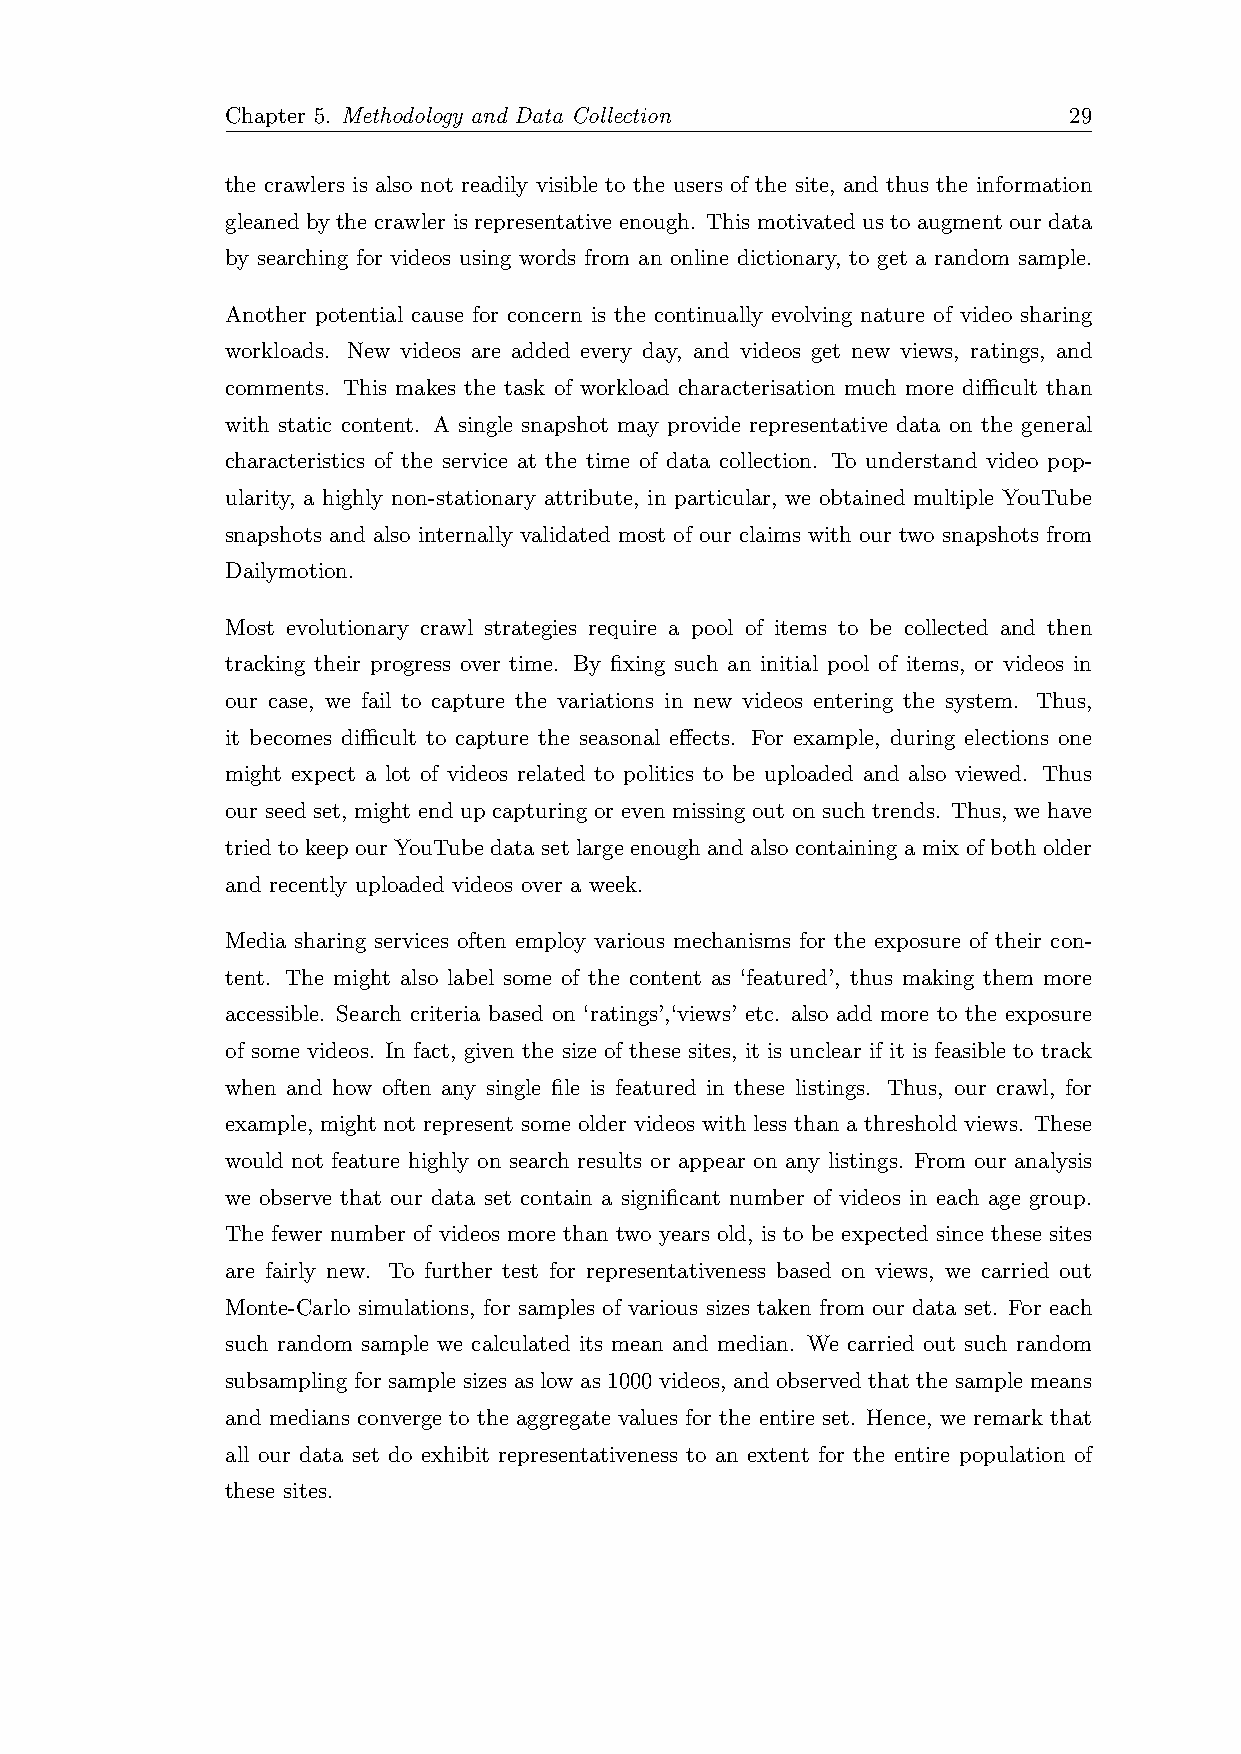
Chapter 5. Methodology and Data Collection              29
 the crawlers is also not readily visible to the users of the site, and thus the information
 gleaned by the crawler is representative enough. This motivated us to augment our data
 by searching for videos using words from an online dictionary, to get a random sample.
 Another potential cause for concern is the continually evolving nature of video sharing
 workloads. New videos are added every day, and videos get new views, ratings, and
 comments. This makes the task of workload characterisation much more difficult than
 with static content. A single snapshot may provide representative data on the general
 characteristics of the service at the time of data collection. To understand video pop-
 ularity, a highly non-stationary attribute, in particular, we obtained multiple YouTube
 snapshots and also internally validated most of our claims with our two snapshots from
 Dailymotion.
 Most evolutionary crawl strategies require a pool of items to be collected and then
 tracking their progress over time. By fixing such an initial pool of items, or videos in
 our case, we fail to capture the variations in new videos entering the system. Thus,
 it becomes difficult to capture the seasonal effects. For example, during elections one
 might expect a lot of videos related to politics to be uploaded and also viewed. Thus
 our seed set, might end up capturing or even missing out on such trends. Thus, we have
 tried to keep our YouTube data set large enough and also containing a mix of both older
 and recently uploaded videos over a week.
 Media sharing services often employ various mechanisms for the exposure of their con-
 tent. The might also label some of the content as ‘featured’, thus making them more
 accessible. Search criteria based on ‘ratings’,‘views’ etc. also add more to the exposure
 of some videos. In fact, given the size of these sites, it is unclear if it is feasible to track
 when and how often any single file is featured in these listings. Thus, our crawl, for
 example, might not represent some older videos with less than a threshold views. These
 would not feature highly on search results or appear on any listings. From our analysis
 we observe that our data set contain a significant number of videos in each age group.
 The fewer number of videos more than two years old, is to be expected since these sites
 are fairly new. To further test for representativeness based on views, we carried out
 Monte-Carlo simulations, for samples of various sizes taken from our data set. For each
 such random sample we calculated its mean and median. We carried out such random
 subsampling for sample sizes as low as 1000 videos, and observed that the sample means
 and medians converge to the aggregate values for the entire set. Hence, we remark that
 all our data set do exhibit representativeness to an extent for the entire population of
 these sites.